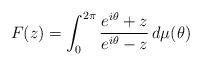
LaTeX: \begin{align*} F(z) = \int_0^{2\pi} \frac{e^{i\theta}+z}{e^{i\theta}-z}\, d\mu(\theta)\end{align*}